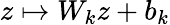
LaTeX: z\mapsto W_{k}z+b_{k}